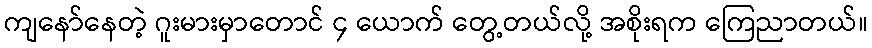
ကျနော်နေတဲ့ ဂူးမားမှာတောင် ၄ ယောက် တွေ့တယ်လို့ အစိုးရက ကြေညာတယ်။